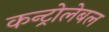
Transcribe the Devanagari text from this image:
कन्ट्रोलेबल